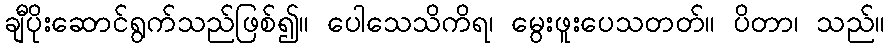
ချီပိုးဆောင်ရွက်သည်ဖြစ်၍။ ပေါသေသိကိရ၊ မွေးဖူးပေသတတ်။ ပိတာ၊ သည်။